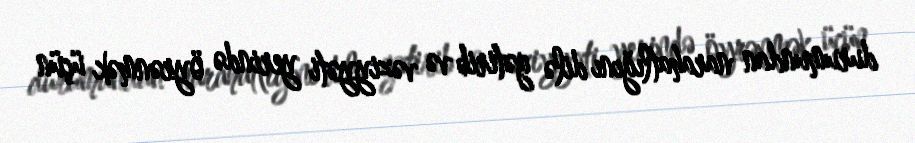
durumundan narahatlığını dilə gətirib və vəziyyəti yerində öyrənmək üçün